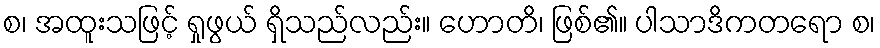
စ၊ အထူးသဖြင့် ရှုဖွယ် ရှိသည်လည်း။ ဟောတိ၊ ဖြစ်၏။ ပါသာဒိကတရော စ၊